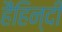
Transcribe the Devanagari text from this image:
हैंहिन्दी